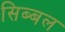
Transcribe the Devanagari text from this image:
सिब्‍बल